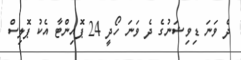
ދެ ވަނަ ޑިވިޝަނުގެ ދެ ވަނަ ހޯދީ 24 ޕޮއިންޓާ އެކު ޕޮލިސް